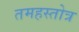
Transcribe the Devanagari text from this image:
तमहस्तोत्र